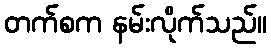
တက်စက နမ်းလိုက်သည်။